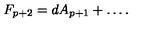
F _ { p + 2 } = d A _ { p + 1 } + \ldots .